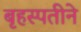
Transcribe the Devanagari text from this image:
बृहस्पतीने